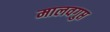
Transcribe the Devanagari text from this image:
मालवगुप्त